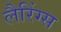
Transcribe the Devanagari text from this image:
लैरिंग्स